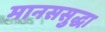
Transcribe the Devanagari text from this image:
मानससुद्धा